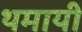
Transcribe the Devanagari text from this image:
थमायी